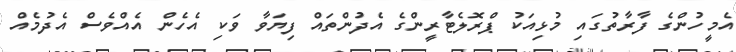
އެމީހުންގެ ފާރާތުގައި މުޅިއަކު ޕްރޮލެޓާރީންގެ އެދުންތައް ފިޔަަވާ ވަކި އެހެން އެއްވެސް އެދުމެއް